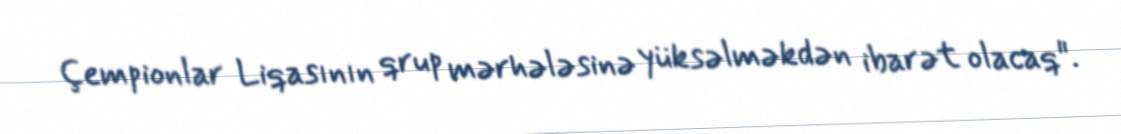
Çempionlar Liqasının qrup mərhələsinə yüksəlməkdən ibarət olacaq".